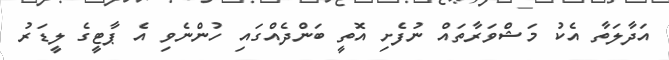
އަދާލަތާ އެކު މަޝްވަރާތައް ނުފެށި އޮތީ ބަންދެއްގައި ހުންނެވި އެ ޕާޓީގެ ލީޑަރު